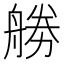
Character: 𠢧